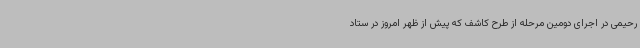
رحیمی در اجرای دومین مرحله از طرح کاشف که پیش از ظهر امروز در ستاد